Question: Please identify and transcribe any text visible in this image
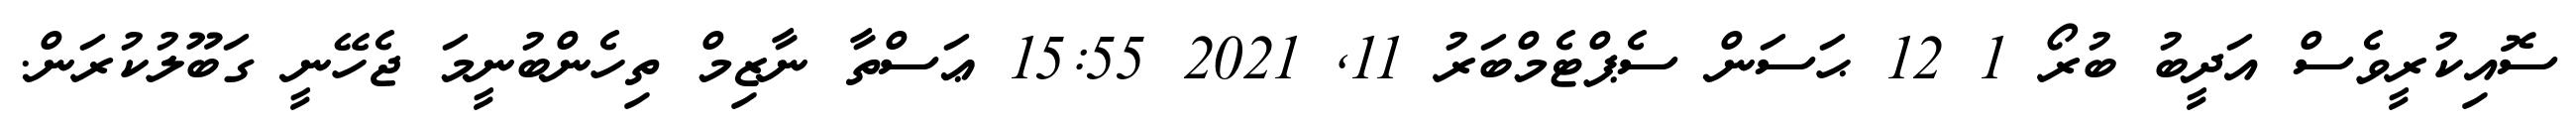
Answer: ސޮއިކުރީވެސް އަދީބު ބުރޯ 1 12 ޙަސަން ސެޕްޓެމްބަރު 11, 2021 15:55 ޢަސްތާ ނާޒިމް ތިހެންބުނީމަ ޖެހޭނީ ގަބޫލުކުރަން.